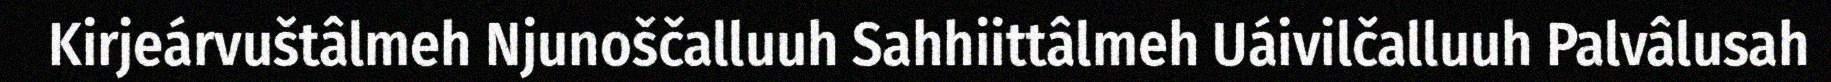
Kirjeárvuštâlmeh Njunoščalluuh Sahhiittâlmeh Uáivilčalluuh Palvâlusah